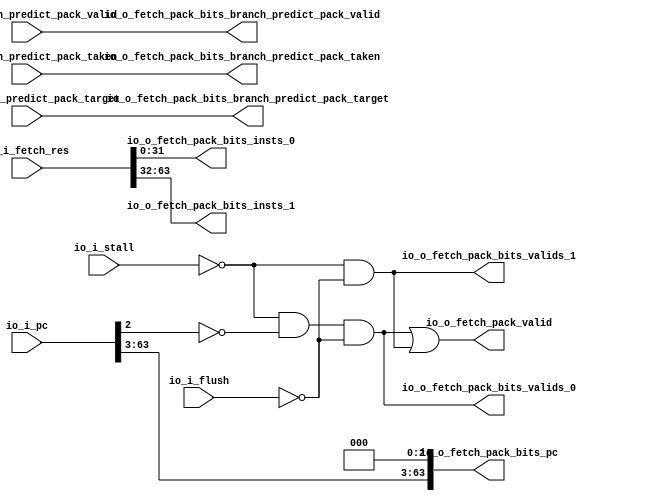
module Fetch_Res(
  input  [63:0] io_i_pc,
  input         io_i_flush,
  input         io_i_stall,
  input  [63:0] io_i_fetch_res,
  input         io_i_branch_predict_pack_valid,
  input  [63:0] io_i_branch_predict_pack_target,
  input         io_i_branch_predict_pack_taken,
  output        io_o_fetch_pack_valid,
  output        io_o_fetch_pack_bits_valids_0,
  output        io_o_fetch_pack_bits_valids_1,
  output [63:0] io_o_fetch_pack_bits_pc,
  output [31:0] io_o_fetch_pack_bits_insts_0,
  output [31:0] io_o_fetch_pack_bits_insts_1,
  output        io_o_fetch_pack_bits_branch_predict_pack_valid,
  output [63:0] io_o_fetch_pack_bits_branch_predict_pack_target,
  output        io_o_fetch_pack_bits_branch_predict_pack_taken
);
  wire  _io_o_fetch_pack_bits_valids_0_T = ~io_i_stall; // @[fetchres.scala 21:39]
  wire  _io_o_fetch_pack_bits_valids_0_T_4 = ~io_i_flush; // @[fetchres.scala 21:69]
  assign io_o_fetch_pack_valid = io_o_fetch_pack_bits_valids_0 | io_o_fetch_pack_bits_valids_1; // @[fetchres.scala 20:62]
  assign io_o_fetch_pack_bits_valids_0 = ~io_i_stall & ~io_i_pc[2] & ~io_i_flush; // @[fetchres.scala 21:66]
  assign io_o_fetch_pack_bits_valids_1 = _io_o_fetch_pack_bits_valids_0_T & _io_o_fetch_pack_bits_valids_0_T_4; // @[fetchres.scala 22:51]
  assign io_o_fetch_pack_bits_pc = {io_i_pc[63:3],3'h0}; // @[Cat.scala 33:92]
  assign io_o_fetch_pack_bits_insts_0 = io_i_fetch_res[31:0]; // @[fetchres.scala 24:52]
  assign io_o_fetch_pack_bits_insts_1 = io_i_fetch_res[63:32]; // @[fetchres.scala 25:52]
  assign io_o_fetch_pack_bits_branch_predict_pack_valid = io_i_branch_predict_pack_valid; // @[fetchres.scala 26:46]
  assign io_o_fetch_pack_bits_branch_predict_pack_target = io_i_branch_predict_pack_target; // @[fetchres.scala 26:46]
  assign io_o_fetch_pack_bits_branch_predict_pack_taken = io_i_branch_predict_pack_taken; // @[fetchres.scala 26:46]
endmodule